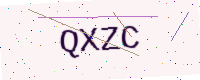
Text: QXZC